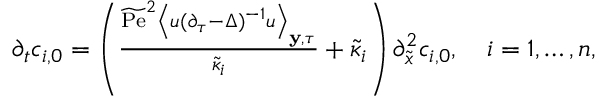
\begin{array} { r } { \partial _ { t } c _ { i , 0 } = \left( \frac { \widetilde { \mathrm { P e } } ^ { 2 } \left\langle u ( \partial _ { \tau } - \Delta ) ^ { - 1 } u \right\rangle _ { \mathbf { y } , \tau } } { \tilde { \kappa } _ { i } } + \tilde { \kappa } _ { i } \right) \partial _ { \tilde { x } } ^ { 2 } c _ { i , 0 } , \quad i = 1 , \hdots , n , } \end{array}